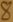
Text: 8